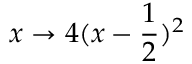
x \to 4 ( x - { \frac { 1 } { 2 } } ) ^ { 2 }